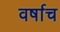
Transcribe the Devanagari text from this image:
वर्षाच